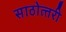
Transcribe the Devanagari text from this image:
साठोत्‍तरी